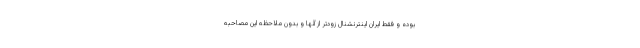
بوده و فقط ایران اینترنشنال زودتر از آنها و بدون ملاحظه این مصاحبه